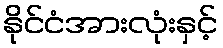
နိုင်ငံအားလုံးနှင့်